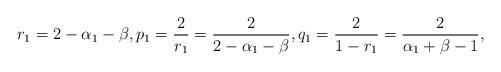
LaTeX: \begin{align*}r_1= 2-\alpha_1-\beta, p_1=\frac{2}{r_1}=\frac{2}{2-\alpha_1-\beta}, q_1= \frac{2}{1-r_1}=\frac{2}{\alpha_1+\beta-1},\end{align*}